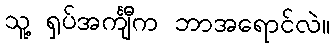
သူ့ ရှပ်အင်္ကျီက ဘာအရောင်လဲ။